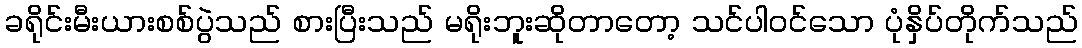
ခရိုင်းမီးယားစစ်ပွဲသည် စားပြီးသည် မရိုးဘူးဆိုတာတော့ သင်ပါဝင်သော ပုံနှိပ်တိုက်သည်